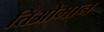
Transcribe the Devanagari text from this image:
तिओमान